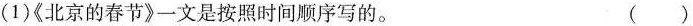
(1)《北京的春节》一文是按照时间顺序写的。 ( )